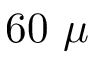
6 0 ~ \mu